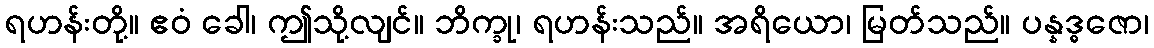
ရဟန်းတို့။ ဧဝံ ခေါ၊ ဤသို့လျင်။ ဘိက္ခု၊ ရဟန်းသည်။ အရိယော၊ မြတ်သည်။ ပန္နဒ္ဓဇော၊